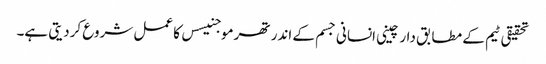
تحقیقی ٹیم کے مطابق دارچینی انسانی جسم کے اندر تھرموجنیسس کا عمل شروع کردیتی ہے۔